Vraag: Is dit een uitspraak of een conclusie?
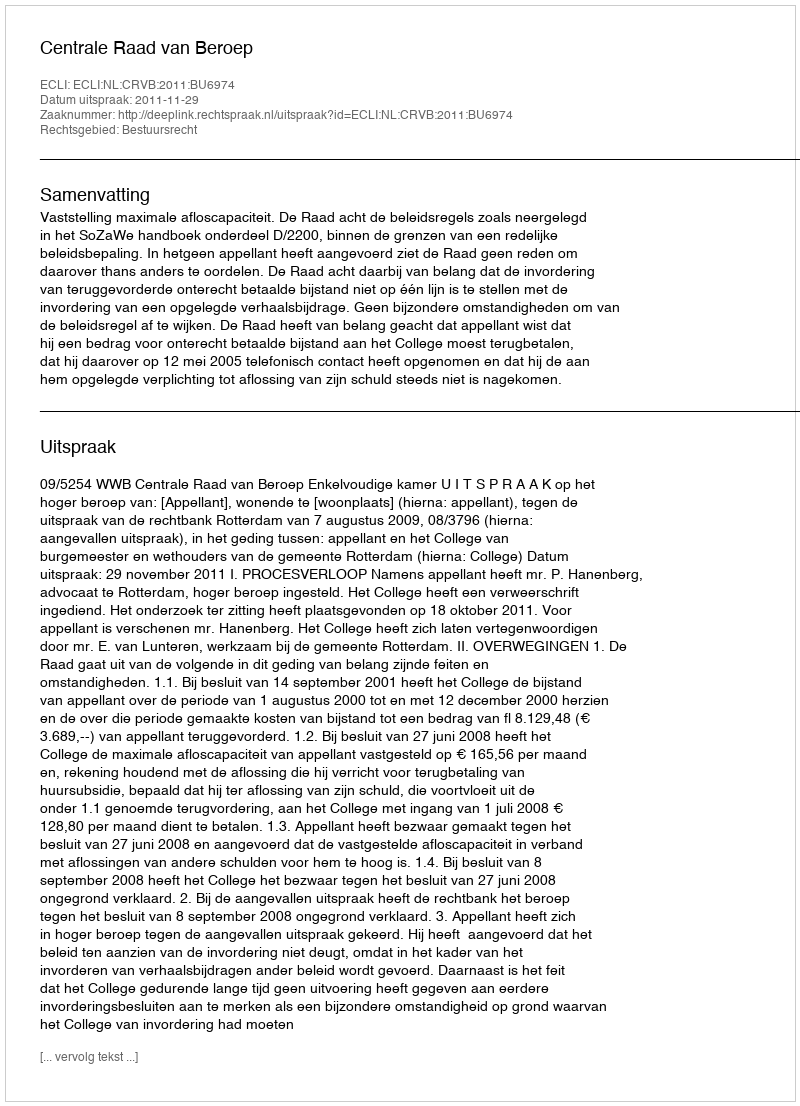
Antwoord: Uitspraak